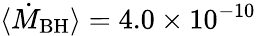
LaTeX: \langle\dot{M}_{\mathrm{BH}}\rangle=4.0\times 10^{-10}